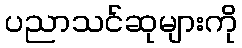
ပညာသင်ဆုများကို